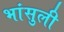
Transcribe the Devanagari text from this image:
भांसुली